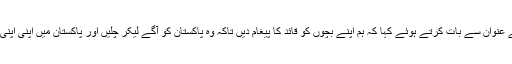
پی ٹی آئی آسٹریا کے بانی حاجی بابرفہیم خان نے پیغام قائد کے عنوان سے بات کرتے ہوئے کہا کہ ہم اپنے بچوں کو قائد کا پیغام دیں تاکہ وہ پاکستان کو آگے لیکر چلیں اور پاکستان میں اپنی اپنی فیملی اور دوستوں کو قائل کریں کہ وہ عمران خان کا ساتھ دیں۔